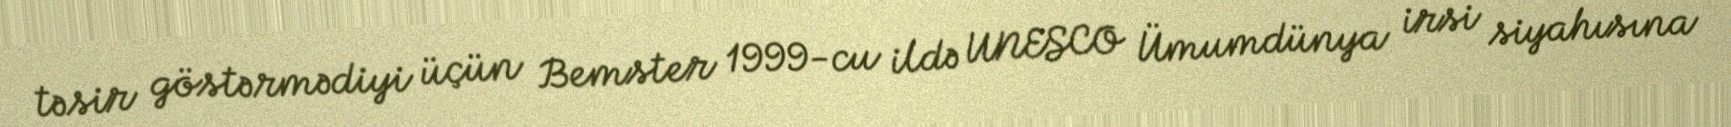
təsir göstərmədiyi üçün Bemster 1999-cu ildə UNESCO Ümumdünya irsi siyahısına